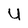
Character: U